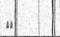
١٩